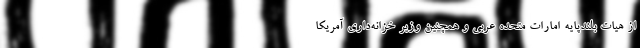
از هیات بلندپایه امارات متحده عربی و همچنین وزیر خزانه‌داری آمریکا